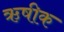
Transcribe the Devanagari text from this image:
ऋषीक